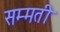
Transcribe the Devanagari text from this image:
सम्मती